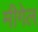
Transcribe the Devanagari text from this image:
मीगेल